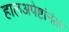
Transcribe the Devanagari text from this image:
हालअपेष्टांनंतर